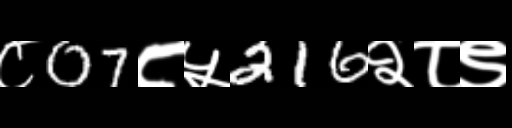
Text: ८07८५216२८९